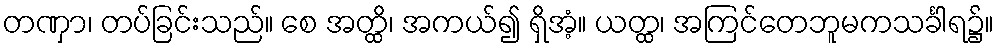
တဏှာ၊ တပ်ခြင်းသည်။ စေ အတ္ထိ၊ အကယ်၍ ရှိအံ့။ ယတ္ထ၊ အကြင်တေဘူမကသင်္ခါရ၌။